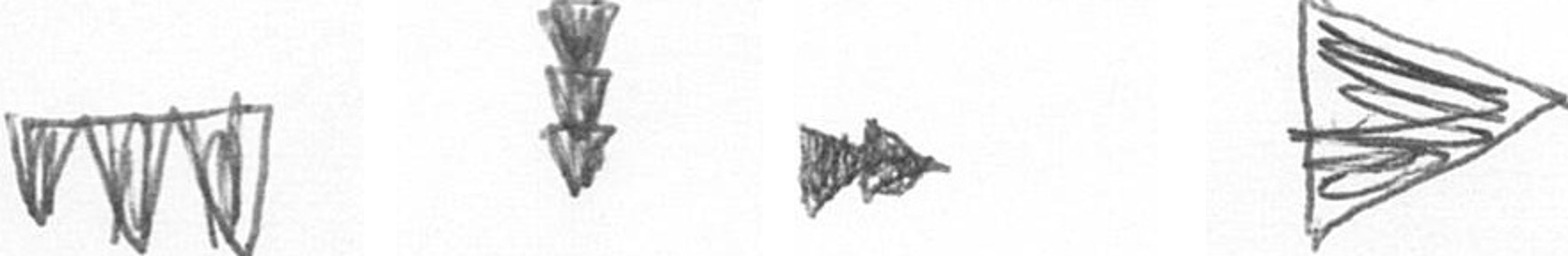
L E A T